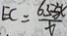
E C = \frac { 6 5 3 X } { t }